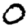
Digit: 0